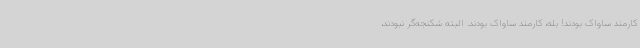
کارمند ساواک بودند! بله، کارمند ساواک بودند. البته شکنجه‌گر نبودند،